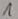
Text: 1